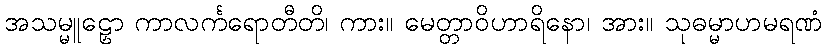
အသမ္မူဠှော ကာလင်္ကရောတီတိ၊ ကား။ မေတ္တာဝိဟာရိနော၊ အား။ သုဓမ္မာဟမရဏံ